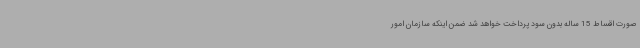
صورت اقساط 15 ساله بدون سود پرداخت خواهد شد ضمن اینکه سازمان امور